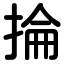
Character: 掄